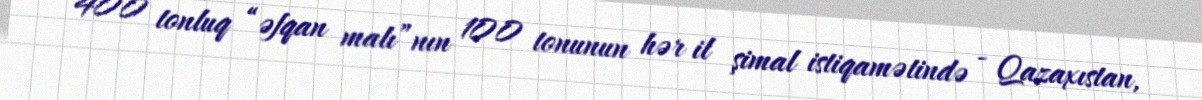
400 tonluq “əfqan malı”nın 100 tonunun hər il şimal istiqamətində - Qazaxıstan,